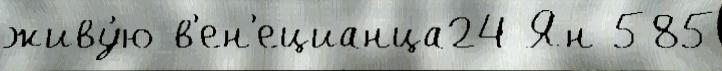
живу́ю в'ен'ецианца24 Ян 585